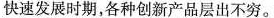
快速发展时期，各种创新产品层出不穷。